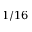
1 / 1 6